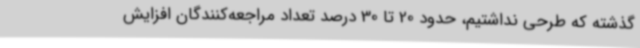
گذشته که طرحی نداشتیم، حدود 20 تا 30 درصد تعداد مراجعه‌کنندگان افزایش